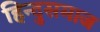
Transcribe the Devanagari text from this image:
हिन्दुसमाज